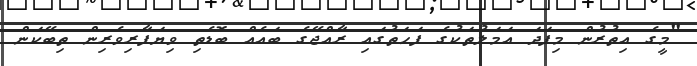
"މީގެ އިތުރުން މިފަދަ އަމަލުތަކުގެ ފަހަތުގައި ރާއްޖޭގެ ބައެއް ބޮޑެތި ވިޔަފާރިވެރިން ތިބޭކަން